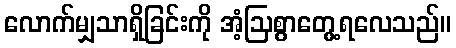
လောက်မျှသာရှိခြင်းကို အံ့ဩစွာတွေ့ရလေသည်။